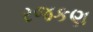
રજકણ